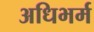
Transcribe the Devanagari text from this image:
अधिभर्म